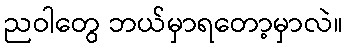
ညဝါတွေ ဘယ်မှာရတော့မှာလဲ။